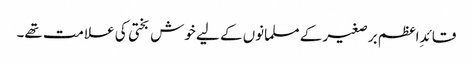
قائدِ اعظم برصغیر کے مسلمانوں کے لیے خوش بختی کی علامت تھے۔